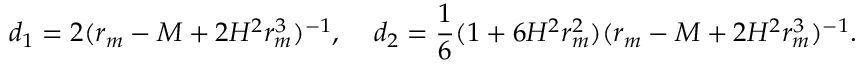
d _ { 1 } = 2 ( r _ { m } - M + 2 H ^ { 2 } r _ { m } ^ { 3 } ) ^ { - 1 } , \; \; \; \; d _ { 2 } = \frac { 1 } { 6 } ( 1 + 6 H ^ { 2 } r _ { m } ^ { 2 } ) ( r _ { m } - M + 2 H ^ { 2 } r _ { m } ^ { 3 } ) ^ { - 1 } .